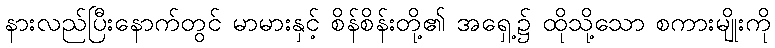
နားလည်ပြီးနောက်တွင် မာမားနှင့် စိန်စိန်းတို့၏ အရှေ့၌ ထိုသို့သော စကားမျိုးကို